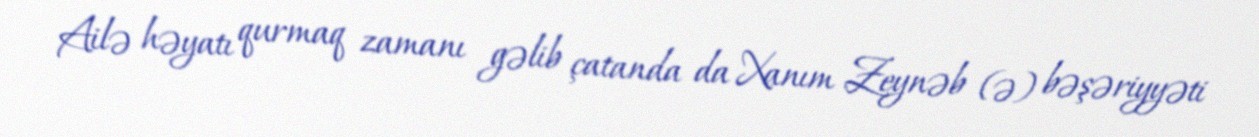
Ailə həyatı qurmaq zamanı gəlib çatanda da Xanım Zeynəb (ə) bəşəriyyəti